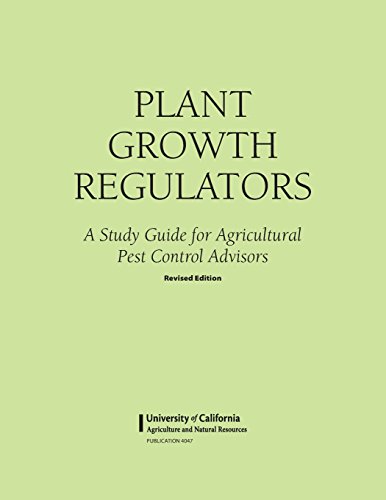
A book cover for Plant Growth Regulators; Mary Louise Flint; Science & Math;